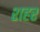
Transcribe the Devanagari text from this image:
श्‍ाहर